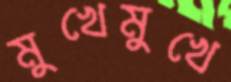
মুখেমুখে